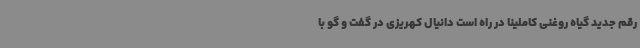
رقم جدید گیاه روغنی کاملینا در راه است دانیال کهریزی در گفت و گو با